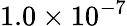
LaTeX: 1.0\times 10^{-7}